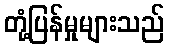
တုံ့ပြန်မှုများသည်